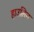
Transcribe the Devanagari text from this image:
हाउलिन